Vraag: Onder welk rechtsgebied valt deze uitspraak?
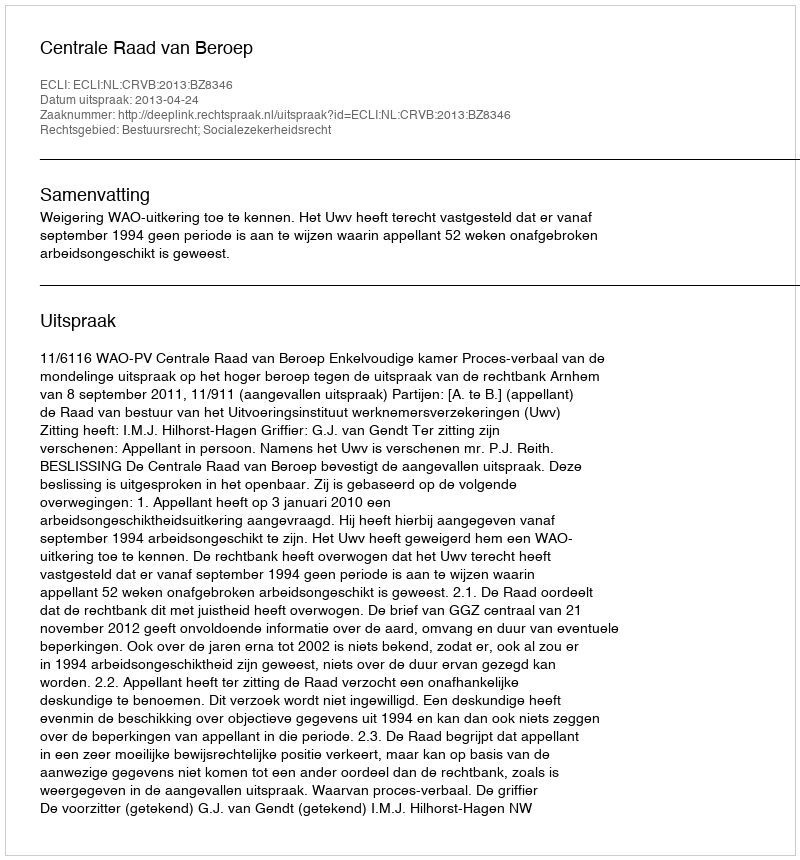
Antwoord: Bestuursrecht; Socialezekerheidsrecht